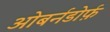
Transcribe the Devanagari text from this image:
ओबर्नडोर्फ़